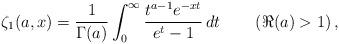
LaTeX: \begin{align*}\zeta_1(a,x)=\frac{1}{\Gamma(a)}\int_0^\infty \frac{t^{a-1} e^{-xt}}{e^t-1}\,dt\,\qquad(\Re(a)>1)\,,\end{align*}